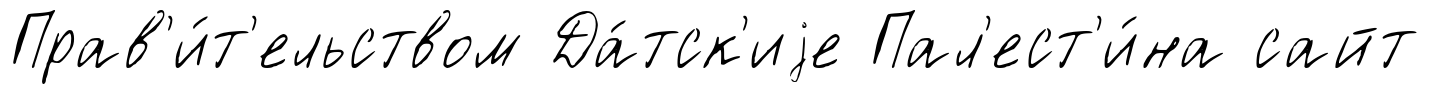
Прав'и́т'ельством Да́тск'иjе Пал'ест'и́на сайт